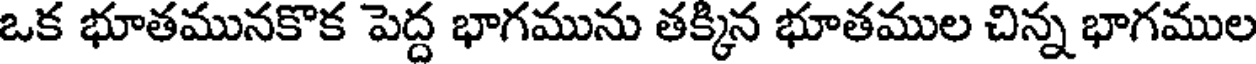
ఒక భూతమునకొక పెద్ద భాగమును తక్కిన భూతముల చిన్న భాగముల